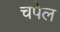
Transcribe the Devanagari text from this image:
चपेल